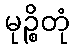
မုဉ္စိတုံ